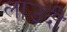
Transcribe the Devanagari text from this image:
लाउदी